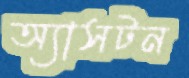
অ্যাসটন